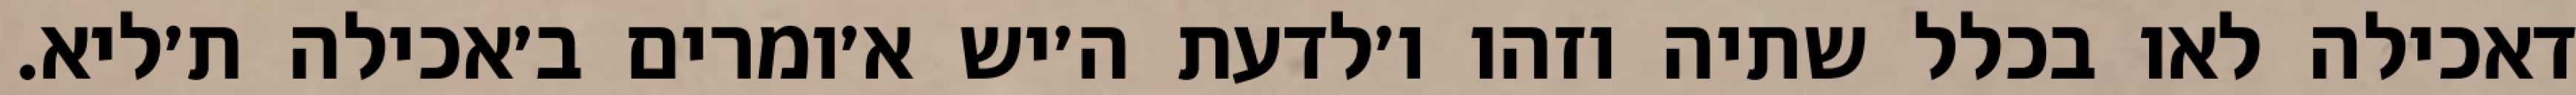
דאכילה לאו בכלל שתיה וזהו ו׳לדעת ה׳יש א׳ומרים ב׳אכילה ת׳ליא.